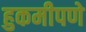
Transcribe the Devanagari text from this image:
हुकमीपणे